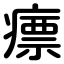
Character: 瘭